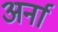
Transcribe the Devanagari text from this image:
अर्ना